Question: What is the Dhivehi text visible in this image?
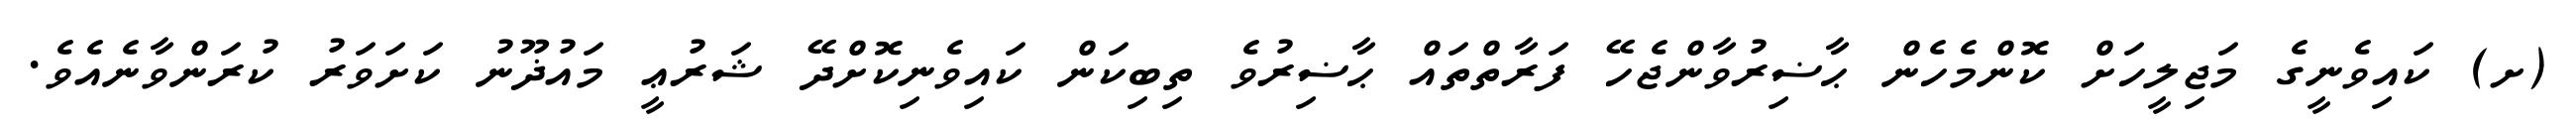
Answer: (ށ) ކައިވެނީގެ މަޖިލީހަށް ކޮންމެހެން ޙާޟިރުވާންޖެހޭ ފަރާތްތައް ޙާޟިރުވެ ތިބިކަން ކައިވެނިކޮށްދޭ ޝަރުޢީ މައުޛޫނު ކަށަވަރު ކުރަންވާނެއެވެ.